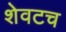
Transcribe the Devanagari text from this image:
शेवटच